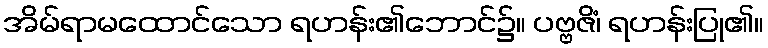
အိမ်ရာမထောင်သော ရဟန်း၏ဘောင်၌။ ပဗ္ဗဇိံ၊ ရဟန်းပြု၏။